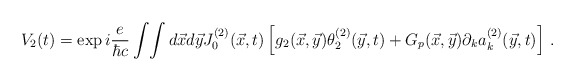
\begin{align*}V_2(t)= \exp i{e\over \hbar c}\int\! \int d\vec x d \vec yJ_0^{(2)}(\vec x,t)\left[ g_2(\vec x, \vec y){\theta_2^{(2)}(\vec y, t)}+ G_p(\vec x, \vec y)\partial_k a_{k}^{(2)}(\vec y, t) \right] \,.\end{align*}